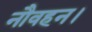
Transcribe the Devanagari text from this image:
नौवहन।